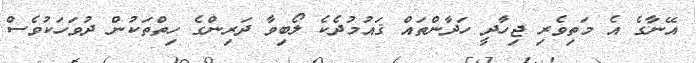
އޭނާގެ އެ މަތިވެރި ޖިހާދީ ހަދާންތައް ޤައުމުދެކެ ލޯބިވާ ދަރިންގެ ހިތްތަކުން ދުވަހަކުވެސް